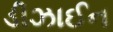
ડીઝાઈન